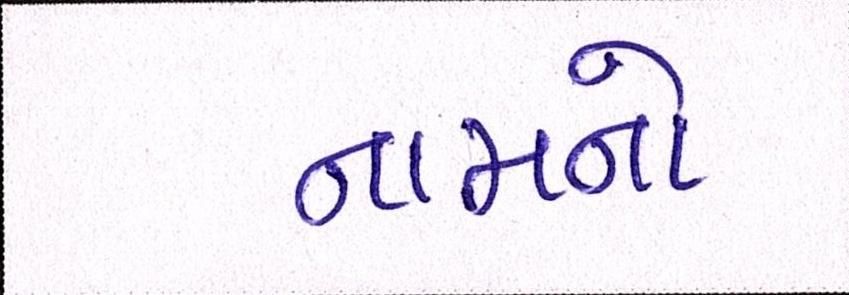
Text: નામનો